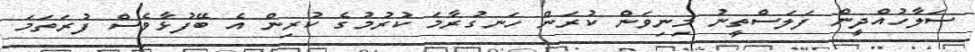
ސަލާހުއްދީން ފަލަސްތީނު މިނިވަން ކުރަން ހަނގުރާމަ ކުރުމުގެ ކުރިން އެ ބޭފުޅާވެސް ފުރަތަމަ